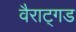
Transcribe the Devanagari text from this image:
वैराट्गड